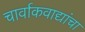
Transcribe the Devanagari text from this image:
चार्वाकवाद्यांचा